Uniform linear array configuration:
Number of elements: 16
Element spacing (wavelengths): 0.5
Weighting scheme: uniform
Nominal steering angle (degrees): -45
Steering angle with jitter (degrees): -46.895
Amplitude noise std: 0.05
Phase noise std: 0.05

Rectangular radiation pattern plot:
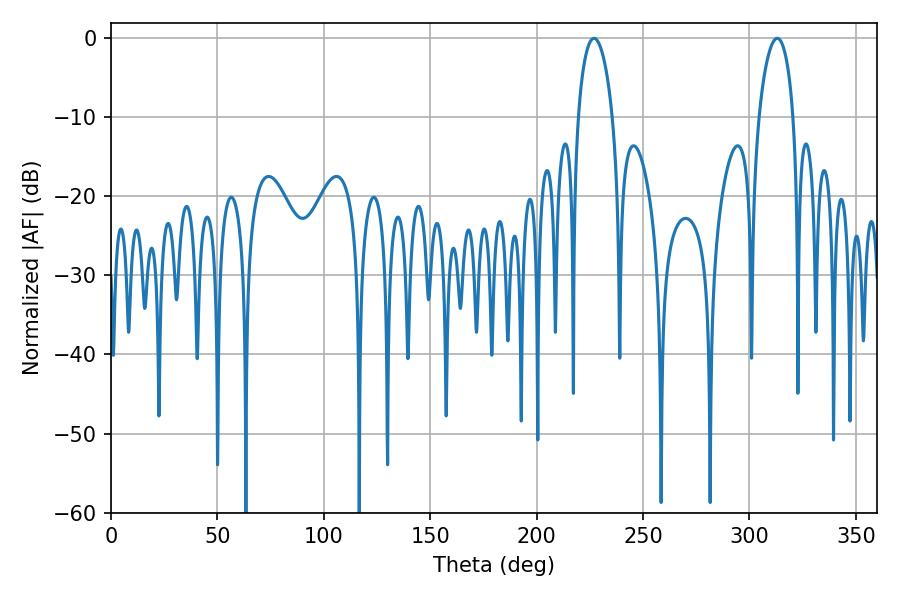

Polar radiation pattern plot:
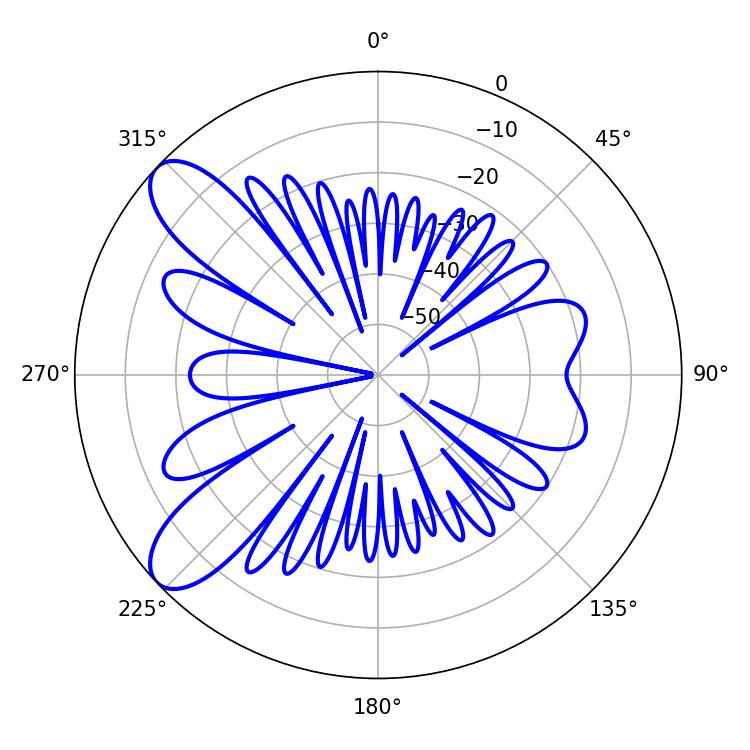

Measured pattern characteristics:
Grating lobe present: FALSE
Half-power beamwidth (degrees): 9.36
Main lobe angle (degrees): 226.98